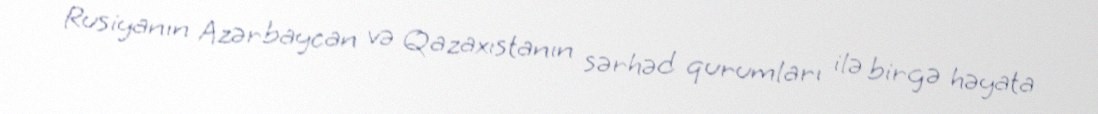
Rusiyanın Azərbaycan və Qazaxıstanın sərhəd qurumları ilə birgə həyata